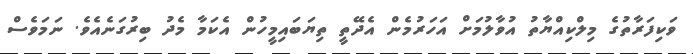
ވަކިފަރާތުގެ މިލްކިއްޔާތު އުވާލުމަށް އަހަރުމެން އެދޭތީ ތިޔަބައިމީހުން އެކަމާ މެދު ބިރުގަނެއެވެ. ނަމަވެސް